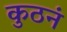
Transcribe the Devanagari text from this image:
कुठनं